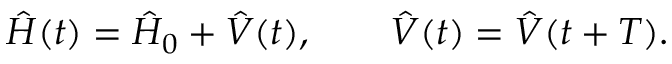
\hat { H } ( t ) = \hat { H } _ { 0 } + \hat { V } ( t ) , \qquad \hat { V } ( t ) = \hat { V } ( t + T ) .